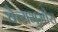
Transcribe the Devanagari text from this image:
चैत्यभूमीस